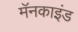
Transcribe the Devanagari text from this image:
मॅनकाइंड